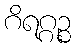
ဂိရဂ္ဂဉ္စ